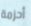
أحزمة